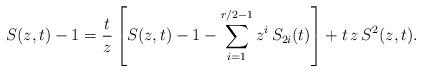
LaTeX: \begin{align*}S(z,t)-1=\dfrac{t}{z}\left[S(z,t)-1-\sum\limits_{i=1}^{r/2-1}z^i\,S_{2i}(t)\right]+t\,z\,S^2(z,t).\end{align*}